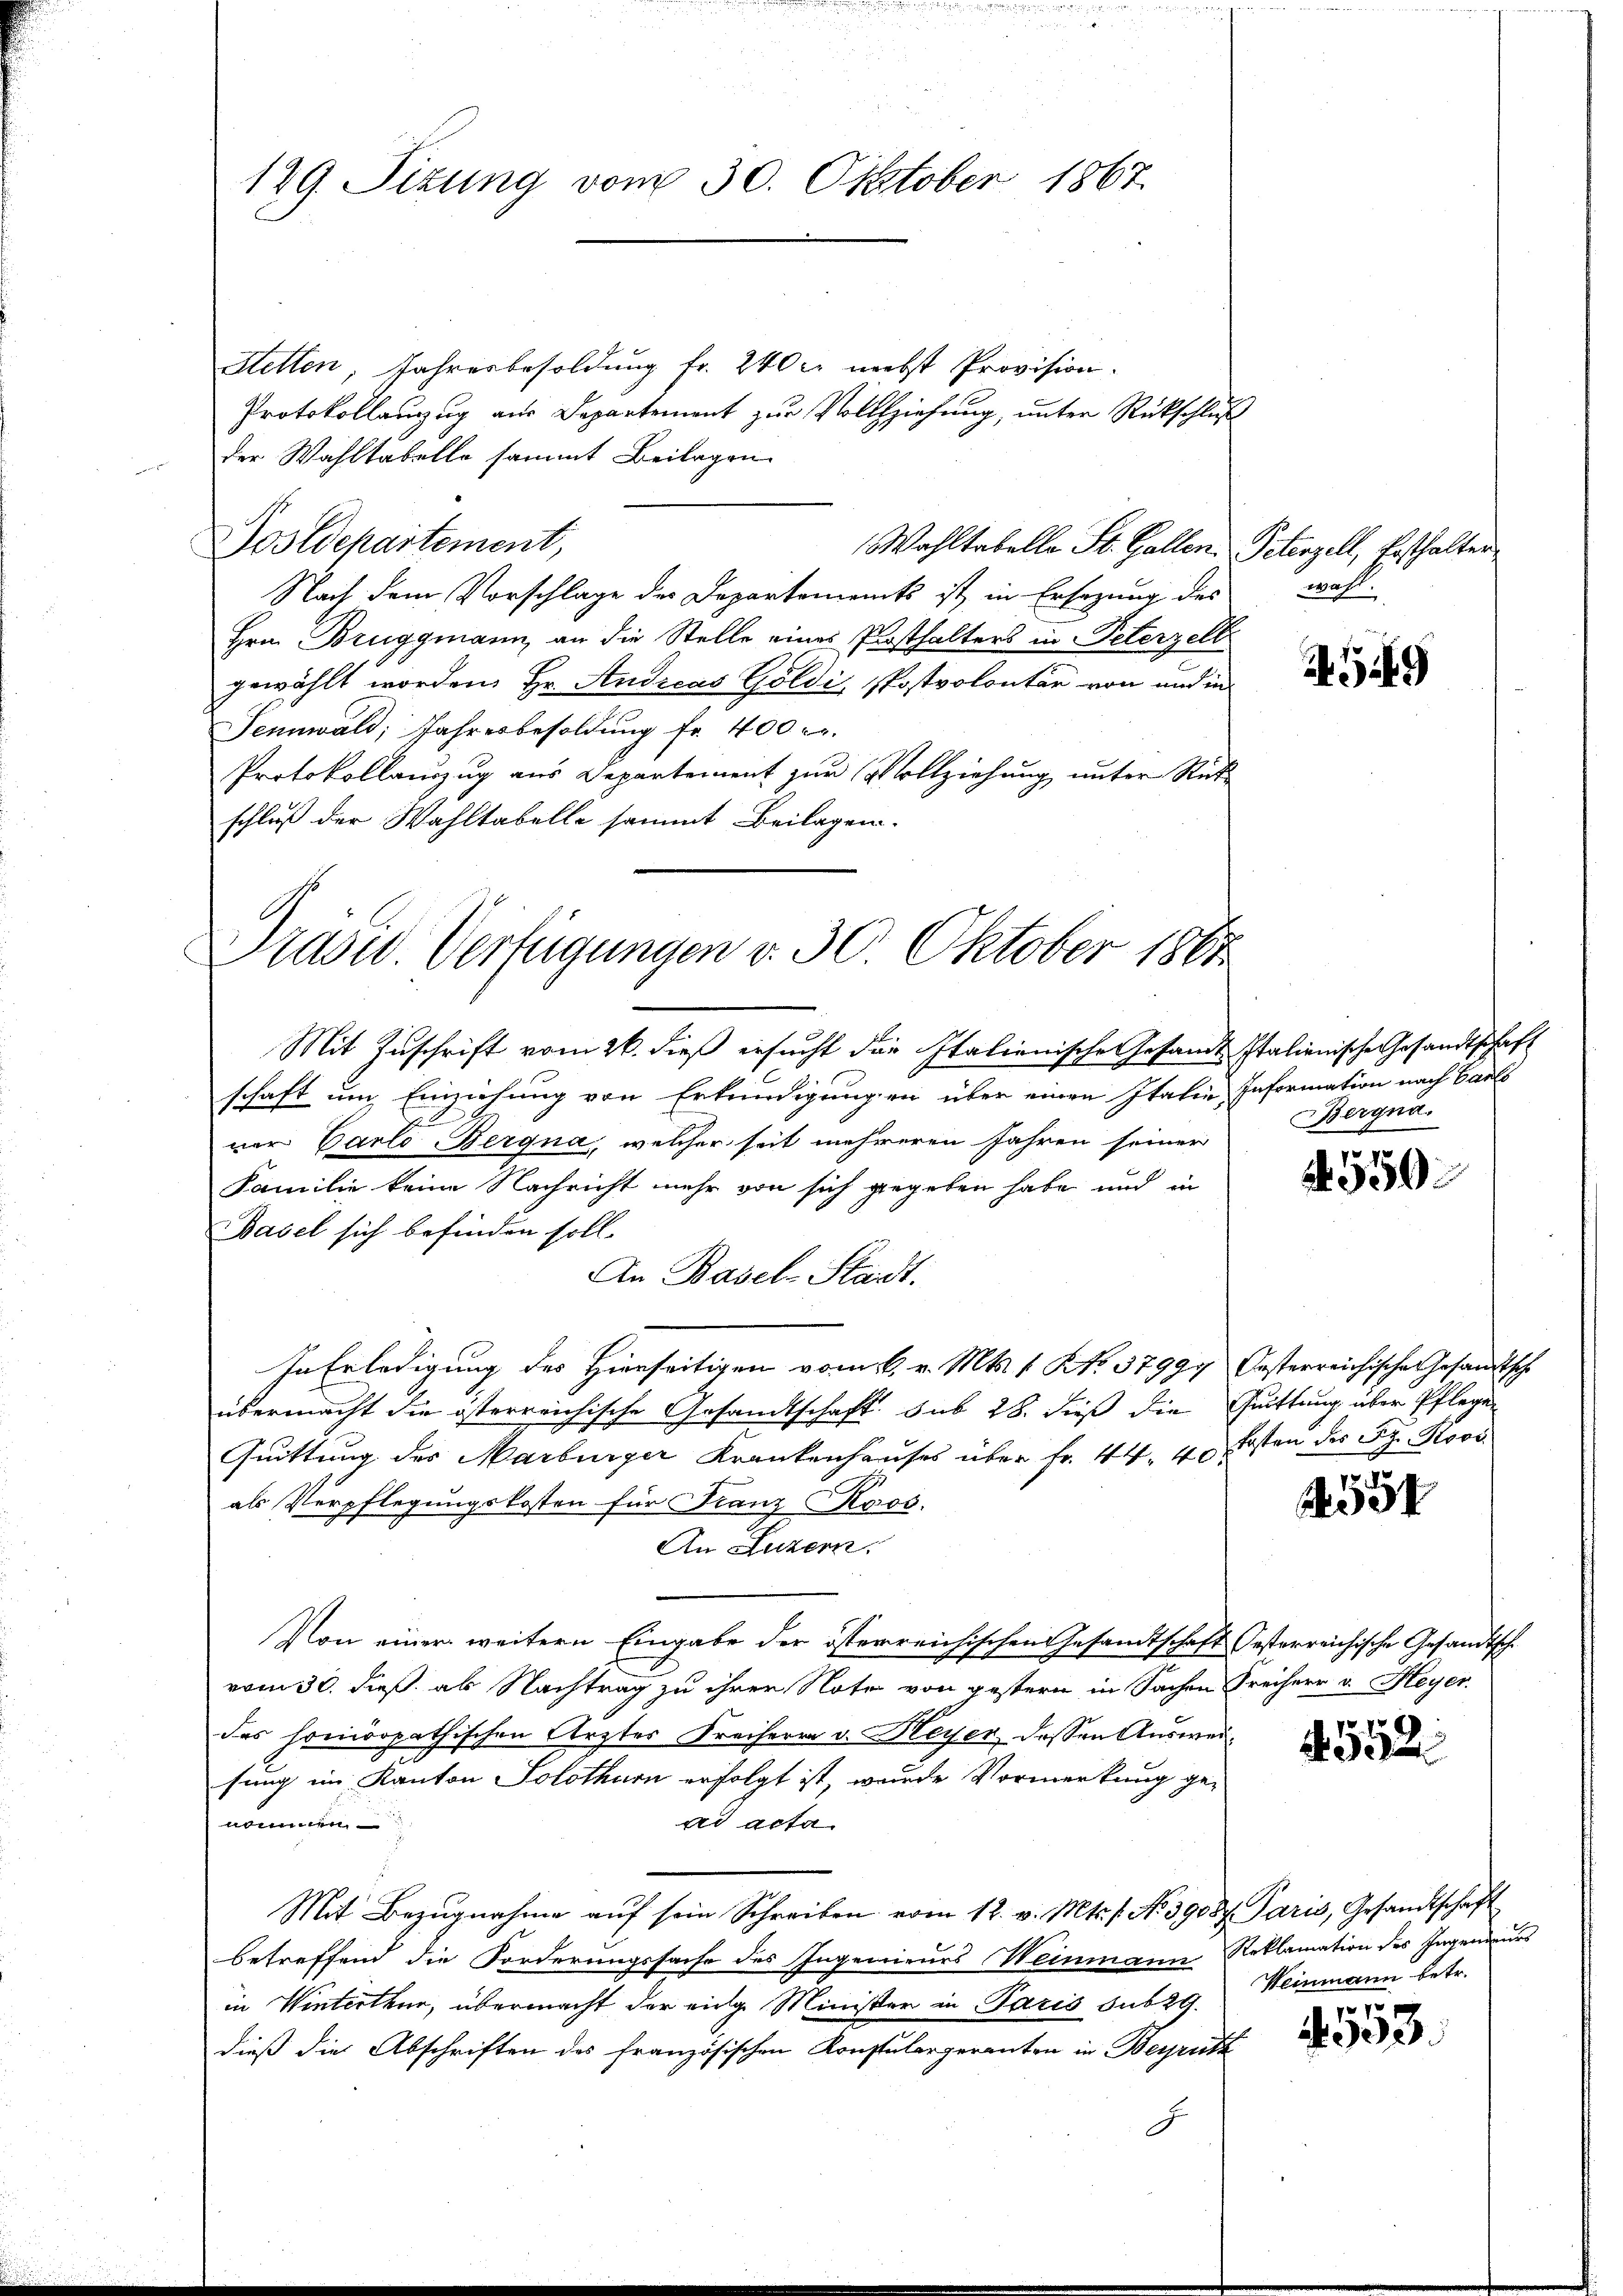
129. Situng vom 30. Oktober 1867.

Hetten, Jahresbesoldung fr. 240 c. nebst Provision.
Protokollanzug aus Departement zur Vollziehung, unter Rückschluß
der Wahltabelle sammt Beilagen
Postdepartement,
Wohltabelle St. Gallen Petenzell, Ersthalter
Nach dem Vorschlage der Departements ist in Ersezung des
Hrn. Bruggmann, an die Stelle eines Posthalters in Peterzell
gewählt worden, Hr. Andreas Goldi, Postvolontär von und in
Sennwald, Jahresbesoldung fr. 400 r.
Protokollauszug aus Departement zŭr Vollziehŭng ŭnter Rück-
schluß der Wahltabelle sammt Beilagen.

Präsid. Verfügungen v. 30. Oktober 1861

Mit Zuschrift vom 26. dieß ersucht die Italienische Gesandt Italienische Gesandtschaft
schaft um Einziehung von Erkundigungen über einen Italie Information nach Barls
ner Carlo Bergna, welcher seit mehreren Jahren seiner
Familie keine Nachricht mehr von sich gegeben habe und in
Basel sich befinden soll.
An Basel-Stadt.
In Erledigung des Hierseitigen vom 6. v. Mts. 1. No. 57999 Oesterreichische Gesandtsche
übermacht die österreichische Gesandtschaft. sub 28. dieß die Quittung über Pflege
Quittung des Marburger Krankenhauses über fr. 44. 40 kosten der Fr. Kovi
als Verpflegungskosten für Franz Koos.
An Luzern.
Von einer weitern Eingabe der österreichischen Gesandtschaft Oesterreichische Gesandtsche
vom 30. dieß, als Nachtrag zu ihren Note von gestern in Sachen Freiherr v. Heyer
des homöopathischen Ärzter Freiherrn v. Meyer dessen Auswei¬
.
sung im Kanton Solothurn erfolgt ist, wurde Vormerkung genommen
ad acta
Mit Bezŭgnahme aŭf sein Schreiben vom 12. v. Mts. f. No. 39057. Paris, Gesandtschaft
betreffend die Forderungssache des Ingenieurs Weinmann Reklamation des Ingenieurs
in Winterthur, übermacht der einge Minister in Paris sub 29.
dieß die Abschriften des französischen Konstalergeranten in Beiruth
J

wahl.

AG 49

Bergna.

550

554

552

Weinmann betr.
e

330